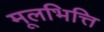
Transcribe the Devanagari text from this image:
मूलभित्ति